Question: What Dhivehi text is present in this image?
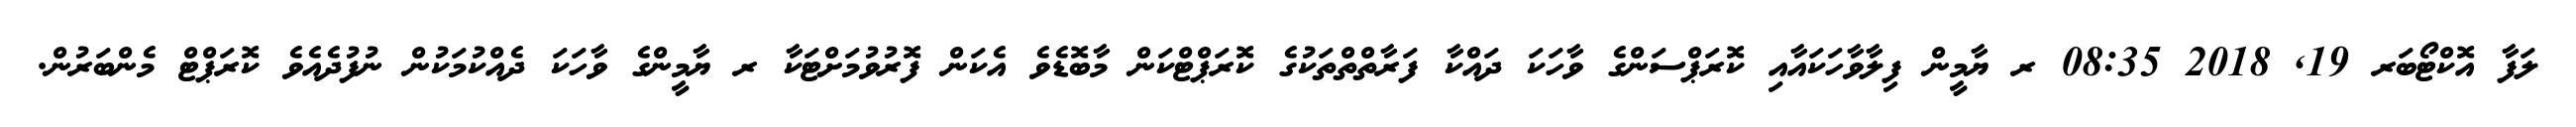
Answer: ލަފާ އޮކްޓޯބަރ 19, 2018 08:35 ރ ޔާމީން ފިލާވާހަކައާއި ކޮރަޕްސަންގެ ވާހަކަ ދައްކާ ފަރާތްތްތަކުގެ ކޮރަޕްޓްކަން މާބޮޑެވެ އެކަން ފޮރުވުމަށްޓަކާ ރ ޔާމީންގެ ވާހަކަ ދެއްކުމަކުން ނުފުދެއެވެ ކޮރަޕްޓް މެންބަރުން.